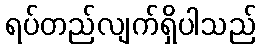
ရပ်တည်လျက်ရှိပါသည်